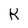
Character: K